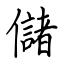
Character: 儲